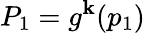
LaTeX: P_{1}=g^{\mathbf{k}}(p_{1})